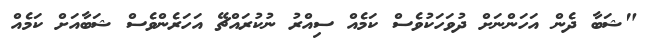
"ޝަބާ ދެން އަހަންނަށް ދުވަހަކުވެސް ކަމެއް ސިއްރު ނުކުރައްޗޭ އަހަރެންވެސް ޝަބާއަށް ކަމެއް